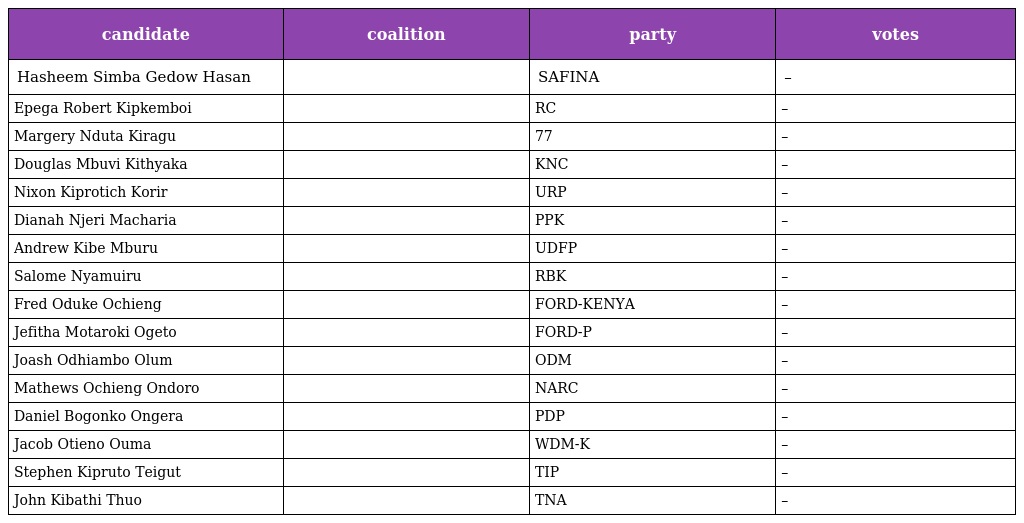
| candidate | coalition | party | votes |
 | --- | --- | --- | --- |
 | Hasheem Simba Gedow Hasan |  | SAFINA | – |
 | Epega Robert Kipkemboi |  | RC | – |
 | Margery Nduta Kiragu |  | 77 | – |
 | Douglas Mbuvi Kithyaka |  | KNC | – |
 | Nixon Kiprotich Korir |  | URP | – |
 | Dianah Njeri Macharia |  | PPK | – |
 | Andrew Kibe Mburu |  | UDFP | – |
 | Salome Nyamuiru |  | RBK | – |
 | Fred Oduke Ochieng |  | FORD-KENYA | – |
 | Jefitha Motaroki Ogeto |  | FORD-P | – |
 | Joash Odhiambo Olum |  | ODM | – |
 | Mathews Ochieng Ondoro |  | NARC | – |
 | Daniel Bogonko Ongera |  | PDP | – |
 | Jacob Otieno Ouma |  | WDM-K | – |
 | Stephen Kipruto Teigut |  | TIP | – |
 | John Kibathi Thuo |  | TNA | – |